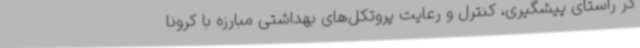
در راستای پیشگیری، کنترل و رعایت پروتکل‌های بهداشتی مبارزه با کرونا